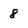
Character: 8